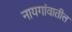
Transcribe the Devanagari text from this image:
नायगांवातील